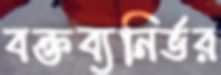
বক্তব্যনির্ভর